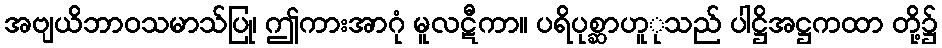
အဗျယိဘာဝသမာသ်ပြု၊ ဤကားအာဂုံ မူလဋီကာ။ ပရိပုစ္ဆာဟူုသည် ပါဋ္ဌိအဋ္ဌကထာ တို့၌